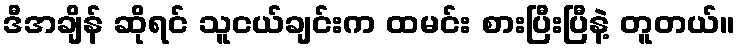
ဒီအချိန် ဆိုရင် သူငယ်ချင်းက ထမင်း စားပြီးပြီနဲ့ တူတယ်။